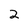
Character: 2